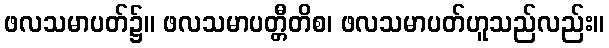
ဖလသမာပတ်၌။ ဖလသမာပတ္တီတိစ၊ ဖလသမာပတ်ဟူသည်လည်း။